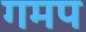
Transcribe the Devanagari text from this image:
गमप